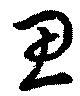
思